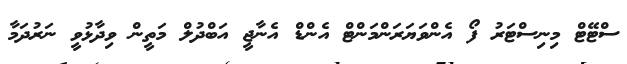
ސްޓޭޓް މިނިސްޓަރު ފޯ އެންވަޔަރަންމަންޓް އެންޑް އެނާޖީ އަބްދުލް މަތީން ވިދާޅުވީ ނަރުދަމާ